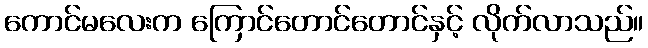
ကောင်မလေးက ကြောင်တောင်တောင်နှင့် လိုက်လာသည်။